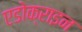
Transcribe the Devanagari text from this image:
एडोक्राइन